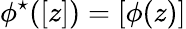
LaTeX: \phi^{\star}([z])=[\phi(z)]